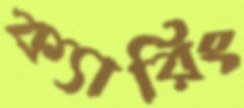
ক্যারিং